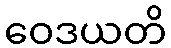
ဝေဒယတိ